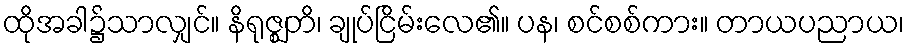
ထိုအခါ၌သာလျှင်။ နိရုဇ္ဈတိ၊ ချုပ်ငြိမ်းလေ၏။ ပန၊ စင်စစ်ကား။ တာယပညာယ၊